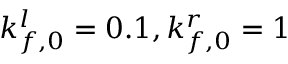
k _ { f , 0 } ^ { l } = 0 . 1 , k _ { f , 0 } ^ { r } = 1